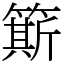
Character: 簛